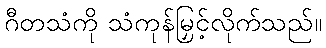
ဂီတသံကို သံကုန်မြှင့်လိုက်သည်။